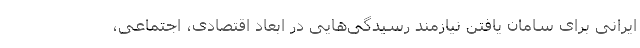
ایرانی برای سامان یافتن نیازمند رسیدگی‌هایی در ابعاد اقتصادی، اجتماعی،